Civil Veterinary Department. Madras. Admin. report 1926-33 - 1926-1933
Year: 1926
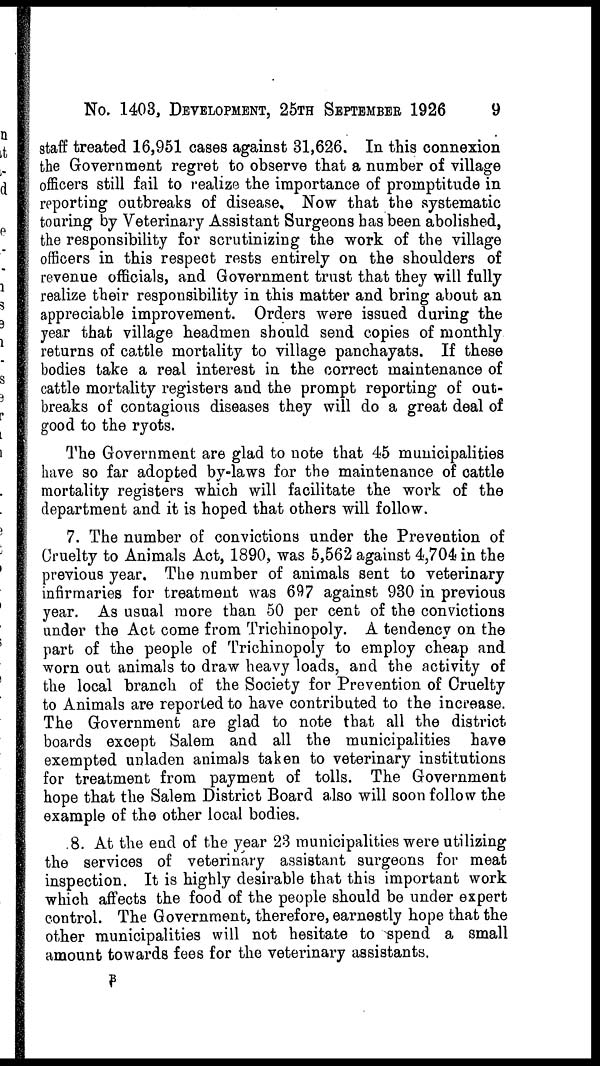
No. 1403, DEVELOPMENT, 25TH SEPTEMBER 1926
9
staff treated 16,951 cases against 31,626. In this connexion
the Government regret to observe that a number of village
officers still fail to realize the importance of promptitude in
reporting outbreaks of disease. Now that the systematic
touring by Veterinary Assistant Surgeons has been abolished,
the responsibility for scrutinizing the work of the village
officers in this respect rests entirely on the shoulders of
revenue officials, and Government trust that they will fully
realize their responsibility in this matter and bring about an
appreciable improvement. Orders were issued during the
year that village headmen should send copies of monthly
returns of cattle mortality to village panchayats. If these
bodies take a real interest in the correct maintenance of
cattle mortality registers and the prompt reporting of out-
breaks of contagious diseases they will do a great deal of
good to the ryots.
The Government are glad to note that 45 municipalities
have so far adopted by-laws for the maintenance of cattle
mortality registers which will facilitate the work of the
department and it is hoped that others will follow.
7. The number of convictions under the Prevention of
Cruelty to Animals Act, 1890, was 5,562 against 4,704 in the
previous year. The number of animals sent to veterinary
infirmaries for treatment was 697 against 930 in previous
year. As usual more than 50 per cent of the convictions
under the Act come from Trichinopoly. A tendency on the
part of the people of Trichinopoly to employ cheap and
worn out animals to draw heavy loads, and the activity of
the local branch of the Society for Prevention of Cruelty
to Animals are reported to have contributed to the increase.
The Government are glad to note that all the district
boards except Salem and all the municipalities have
exempted unladen animals taken to veterinary institutions
for treatment from payment of tolls. The Government
hope that the Salem District Board also will soon follow the
example of the other local bodies.
8. At the end of the year 23 municipalities were utilizing
the services of veterinary assistant surgeons for meat
inspection. It is highly desirable that this important work
which affects the food of the people should be under expert
control. The Government, therefore, earnestly hope that the
other municipalities will not hesitate to spend a small
amount towards fees for the veterinary assistants.
B